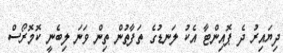
ދިޔައިރު ދެ ޕޮއިންޓާ އެކު ލަނޑުގެ ތަފާތުން ތިން ވަނަ ލިބެނީ ކޮމޮރޯސް